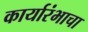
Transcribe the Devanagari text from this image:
कार्यारंभाचा